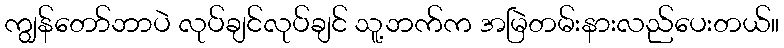
ကျွန်တော်ဘာပဲ လုပ်ချင်လုပ်ချင် သူ့ဘက်က အမြဲတမ်းနားလည်ပေးတယ်။